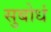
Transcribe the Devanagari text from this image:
सुबोधं